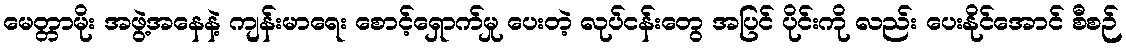
မေတ္တာမိုး အဖွဲ့အနေနဲ့ ကျန်းမာရေး စောင့်ရှောက်မှု ပေးတဲ့ လုပ်ငန်းတွေ အပြင် ပိုင်းကို လည်း ပေးနိုင်အောင် စီစဉ်